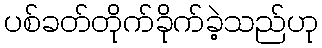
ပစ်ခတ်တိုက်ခိုက်ခဲ့သည်ဟု